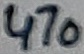
Text: 470